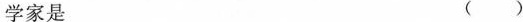
学家是 （）